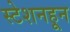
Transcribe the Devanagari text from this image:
स्टेशनहून